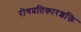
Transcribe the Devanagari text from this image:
रोगप्रतिकारशक्ति